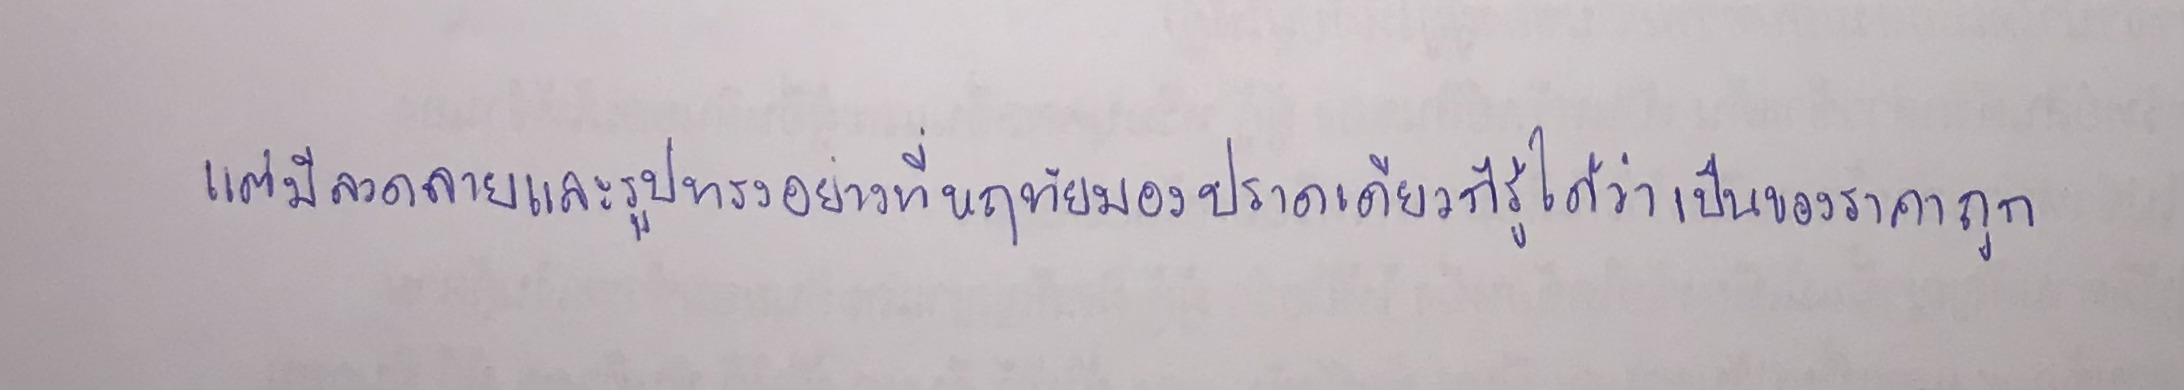
แต่มีลวดลายและรูปทรงอย่างที่หฤทัยมองปราดเดียวก็รู้ได้ว่าเป็นของราคาถูก